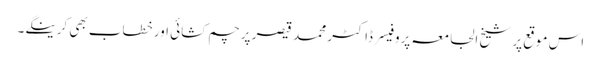
اس موقع پر شیخ الجامعہ پروفیسر ڈاکٹر محمد قیصر پرچم کشائی اور خطاب بھی کرینگے۔